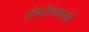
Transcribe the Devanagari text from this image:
हॉस्टेलमध्ये